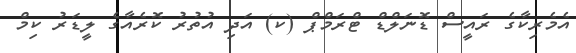
އެމެރިކާގެ ރައީސް ޑޮނަލްޑް ޓްރަމްޕް (ކ) އަދި އުތުރު ކޮރެއާގެ ލީޑަރު ކިމް